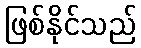
ဖြစ်နိုင်သည်